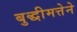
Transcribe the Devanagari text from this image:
बुद्धीमत्तेने